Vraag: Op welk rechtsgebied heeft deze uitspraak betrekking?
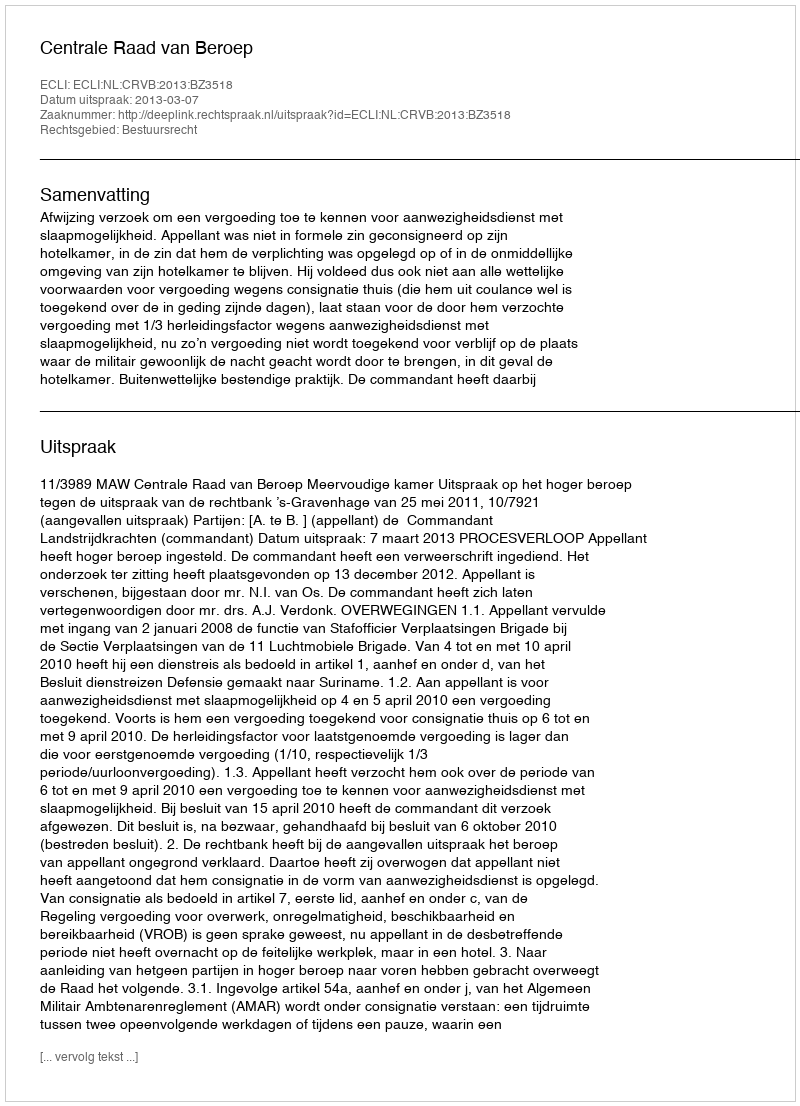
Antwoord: Bestuursrecht